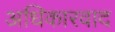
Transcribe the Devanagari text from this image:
अधिकारवाद